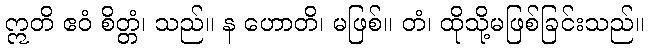
ဣတိ ဧဝံ စိတ္တံ၊ သည်။ န ဟောတိ၊ မဖြစ်။ တံ၊ ထိုသို့မဖြစ်ခြင်းသည်။